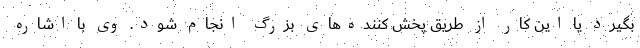
بگیرد یا این کار از طریق پخش کننده‌های بزرگ انجام شود. وی با اشاره